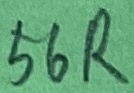
Text: 56R